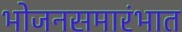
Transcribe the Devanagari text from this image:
भोजनसमारंभात